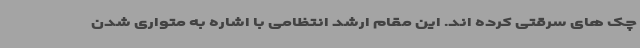
چک های سرقتی کرده اند. این مقام ارشد انتظامی با اشاره به متواری شدن